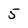
Character: 5